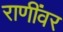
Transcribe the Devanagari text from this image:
राणींवर